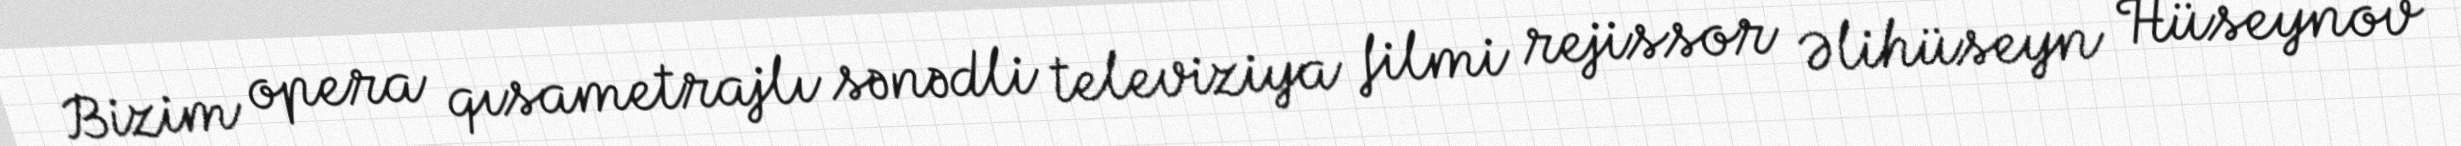
Bizim opera qısametrajlı sənədli televiziya filmi rejissor Əlihüseyn Hüseynov